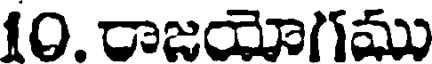
10. రాజయోగము